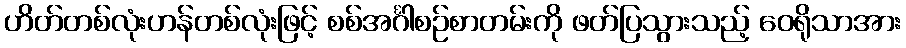
ဟိတ်တစ်လုံးဟန်တစ်လုံးဖြင့် စစ်အင်္ဂါစဉ်စာတမ်းကို ဖတ်ပြသွားသည့် ဝေရိုသာအား